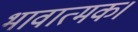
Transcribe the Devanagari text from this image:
भावात्मक।